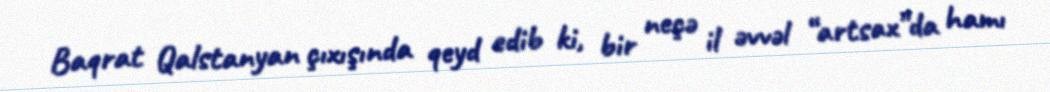
Baqrat Qalstanyan çıxışında qeyd edib ki, bir neçə il əvvəl “artsax”da hamı